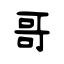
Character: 哥